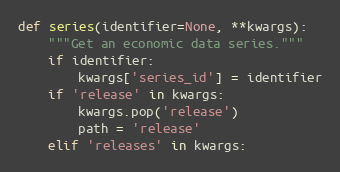
Language: Python
def series(identifier=None, **kwargs):
    """Get an economic data series."""
    if identifier:
        kwargs['series_id'] = identifier
    if 'release' in kwargs:
        kwargs.pop('release')
        path = 'release'
    elif 'releases' in kwargs: